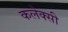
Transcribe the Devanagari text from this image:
कलेक्सी